Voru_kinnistusamet, lk 13
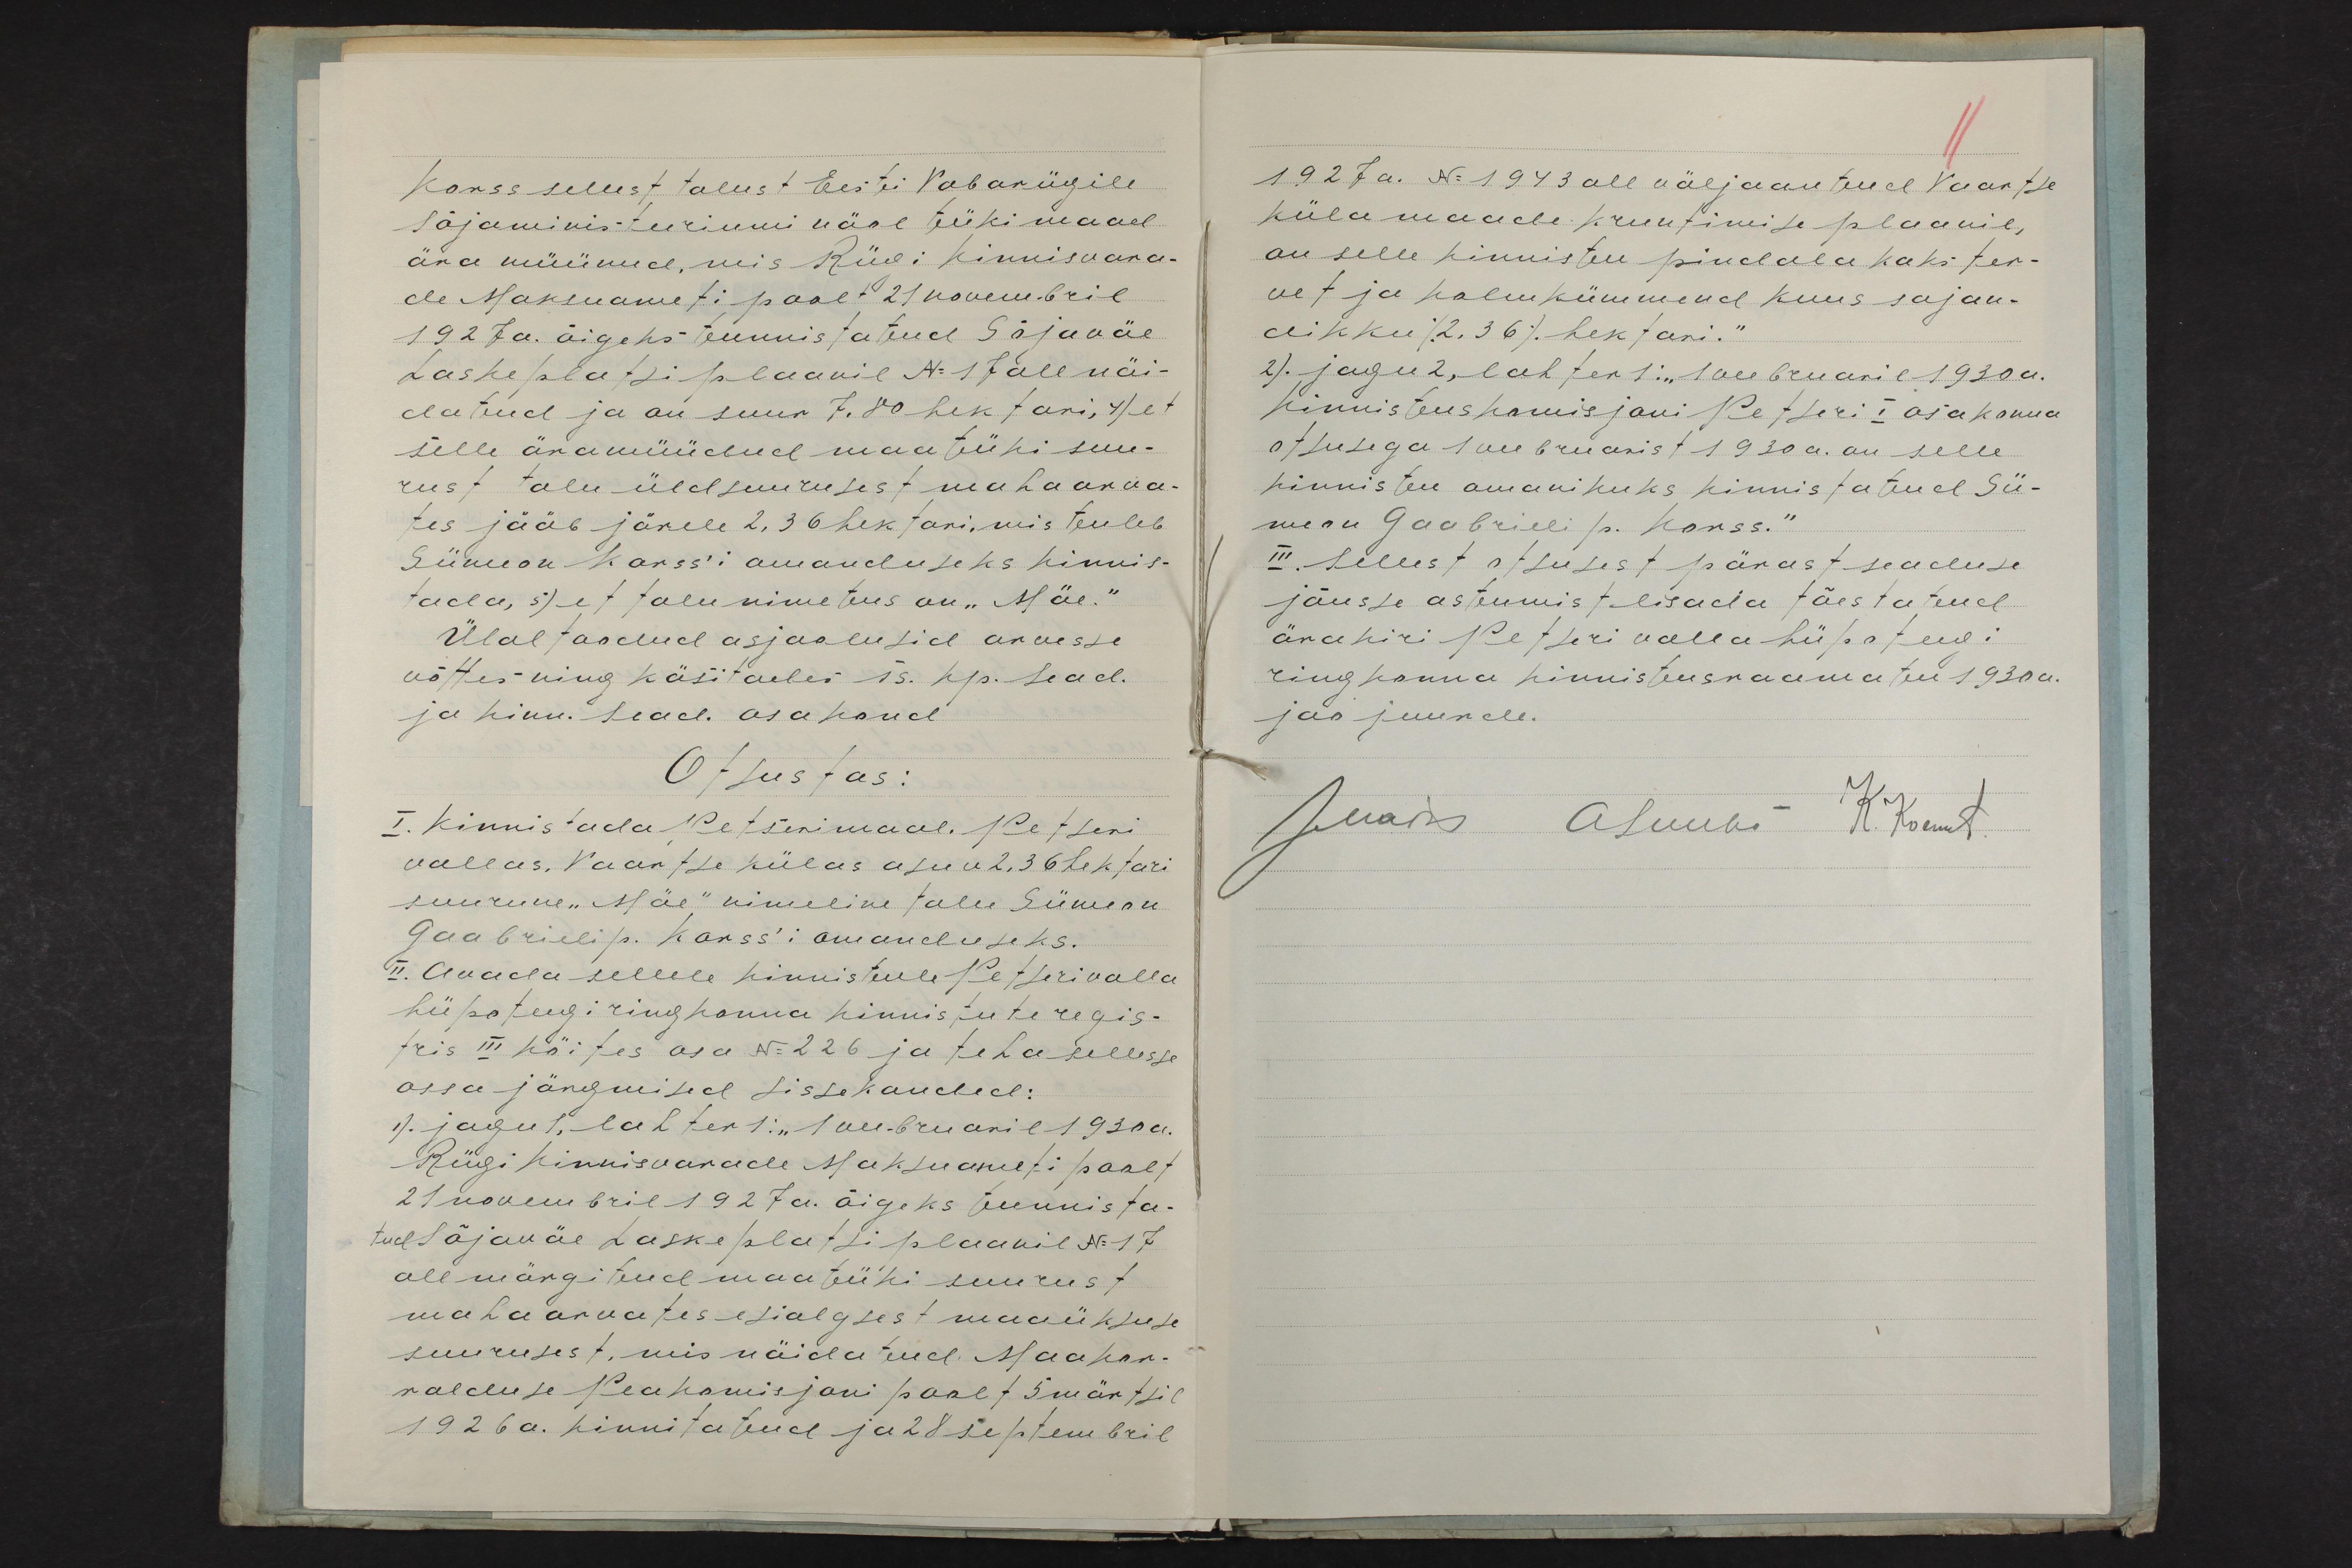
Korss sellest talust Eesti Vabariigile
Sõjaministeeriumi näol tüki maad
ära müünud, mis Riigi Kinnisvara-
de Maksuameti poolt 21 novembril
1927 a. õigeks tunnistatud Sõjaväe
Laskeplatsi plaanil N: 17 all näi-
datud ja on suur 7,80 hektari, 4) et
selle äramüüdud maatüki suu-
rust talu üldsuurusest mahaarva-
tes jääb järele 2,36 hektari, mis tuleb
Siimeon Korss'i omanduseks kinnis-
tada, 5) et talu nimetus on "Mäe."
Ülaltoodud asjaolusid arvesse
võttes ning käsitades ts. kp. sead.
ja kinn. sead. osakond
Otsustas:
I. Kinnistada Petserimaal, Petseri
vallas, Vaartse külas asuv  2,36 hektari
suurune "Mäe" nimeline talu Siimeon
Gaabrieli p. Korss'i omanduseks.
II. Avada sellele kinnistule Petseri valla
hüpoteegi ringkonna kinnistute regis-
tris III köites osa N: 226 ja teha sellesse
ossa järgmised sissekandel:
1). jagu 1, lahter 1: "1 veebruaril 1930a.
Riigi Kinnisvarade Maksuameti poolt
21 novembril 1927 a. õigeks tunnista-
tud Sõjaväe Laskeplatsi plaanil N: 17
all märgitud maatüki suurust
mahaarvates esialgsest maaüksuse
suurusest, mis näidatud Maakor-
ralduse Peakomisjoni poolt 5 märtsil
1926 a. kinnitatud ja 28 septembril

1927 a. N: 1943 all väljaantud Vaartse
küla maade kruntimise plaanil,
on selle kinnistu pindala kaks ter-
vet ja kolmkümmend kuus sajan-
dikku (2,36) hektari."
2). jagu 2, lahter 1: "1 veebruaril 1930a.
Kinnistuskomisjoni Petseri I osakonna
otsusega 1 veebruarist 1930a. on selle
kinnistu omanikuks kinnistatud Sii-
meon Gaabrieli p. Korss."
III. Sellest otsusest pärast seaduse
jõusse astumist lisada tõestatud
ärakiri Peteri valla hüpoteegi
ringkonna kinnistusraamatu 1930 a.
jao juurde.
JMaise ASuubi K. Koemets